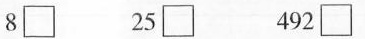
82\square 25\square 492\square